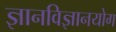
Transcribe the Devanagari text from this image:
ज्ञानविज्ञानयोग